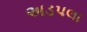
અડપલા